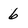
Character: 6